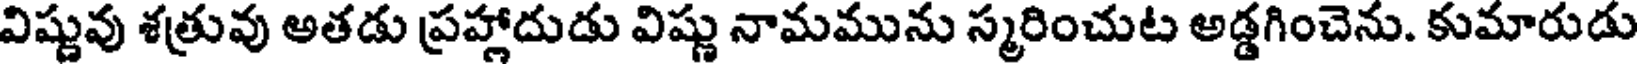
విష్ణువు శత్రువు అతడు ప్రహ్లాదుడు విష్ణు నామమును స్మరించుట అడ్డగించెను. కుమారుడు